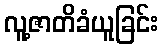
လူ့ဇာတိခံယူခြင်း